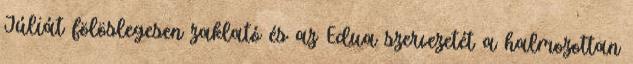
Júliát fölöslegesen zaklató és az Edua szervezetét a halmozottan